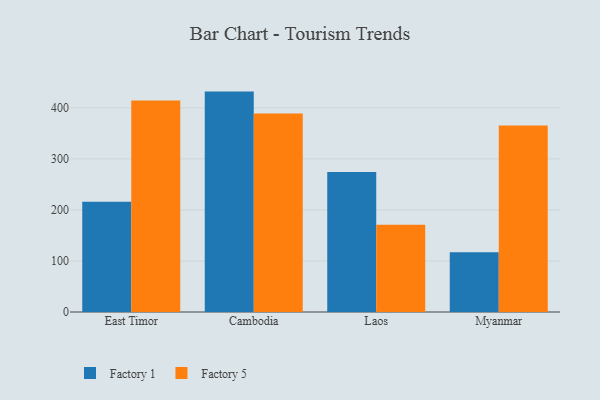
{"axis": {"x": "Country", "y": "Satisfaction Score"}, "legend": ["Factory 1", "Factory 5"], "data": [{"x": "East Timor", "y": 216.0, "type": "Factory 1"}, {"x": "East Timor", "y": 414.6, "type": "Factory 5"}, {"x": "Cambodia", "y": 431.8, "type": "Factory 1"}, {"x": "Cambodia", "y": 389.1, "type": "Factory 5"}, {"x": "Laos", "y": 274.5, "type": "Factory 1"}, {"x": "Laos", "y": 171.1, "type": "Factory 5"}, {"x": "Myanmar", "y": 116.9, "type": "Factory 1"}, {"x": "Myanmar", "y": 365.6, "type": "Factory 5"}]}